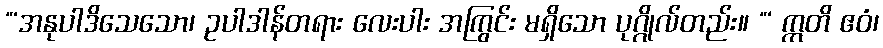
“‘အနုပါဒိသေသော၊ ဥပါဒါန်တရား လေးပါး အကြွင်း မရှိသော ပုဂ္ဂိုလ်တည်း။ “‘ ဣတိ ဧဝံ၊